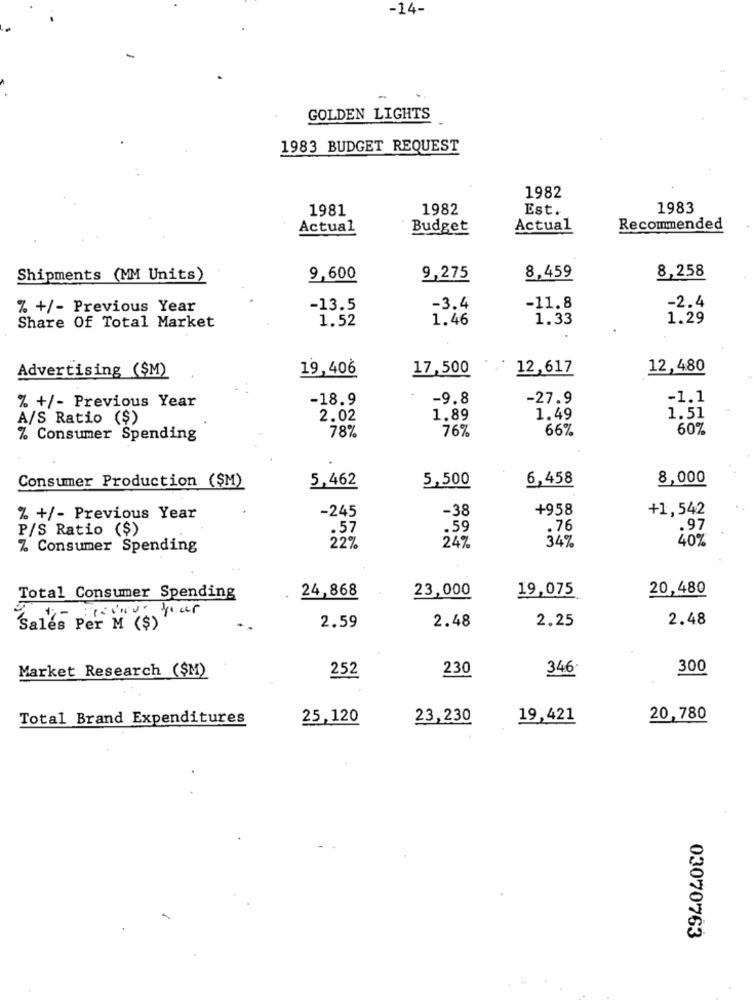
-14-
GOLDEN LIGHTS
1983 BUDGET REQUEST
1982
1981
1982
Est.
1983
Actual
Budget
Actual
Recommended
8,258
Shipments (MM Units)
9,600
9,275
8,459
-2.4
% +/- Previous Year
-13.5
-3.4
-11.8
1.52
1.46
1.33
1.29
Share Of Total Market
Advertising ($M)
19,406
17,500
12,617
12,480
-18.9
-9.8
-27.9
-1.1
% +/- Previous Year
A/S Ratio ($)
2.02
1.89
1.49
1.51
78%
76%
66%
60%
% Consumer Spending
5,462
5,500
6,458
8,000
Consumer Production ($M)
-245
-38
+958
+1,542
% +/- Previous Year
P/S Ratio ($)
.57
.59
.76
.97
40%
% Consumer Spending
22%
247
34%
24,868
23,000
19,075
20,480
Total Consumer Spending
re vious your
2.59
2.48
2.25
2.48
Sales Per M ($)
Market Research ($M)
230
346
300
252
Total Brand Expenditures
25,120
23,230
19,421
20,780
03070763